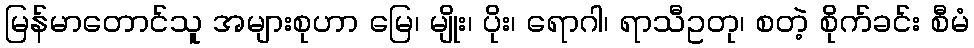
မြန်မာတောင်သူ အများစုဟာ မြေ၊ မျိုး၊ ပိုး၊ ရောဂါ၊ ရာသီဥတု၊ စတဲ့ စိုက်ခင်း စီမံ